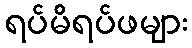
ရပ်မိရပ်ဖများ